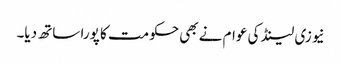
نیوزی لینڈ کی عوام نے بھی حکومت کا پورا ساتھ دیا۔